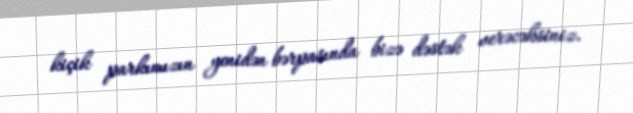
kiçik parkımızın yenidən bərpasında bizə dəstək verəcəksiniz.